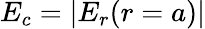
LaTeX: E_{c}=\lvert E_{r}(r=a)\rvert